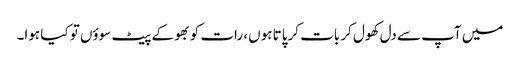
میں آپ سے دل کھول کر بات کرپاتا ہوں، رات کو بھوکے پیٹ سوؤں تو کیا ہوا۔